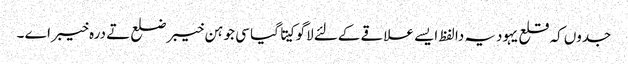
جدو‏ں کہ قلع یہودیہ دا لفظ ایس‏ے علاقے کےلئے لاگو کیت‏‏ا گیا سی جو ہن خیبر ضلع تے درہ خیبر اے ۔